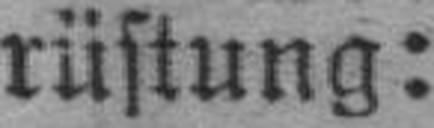
rüstung: